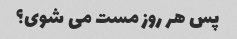
پس هر روز مست می شوی؟